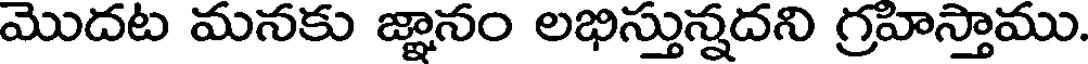
మొదట మనకు జ్ఞానం లభిస్తున్నదని గ్రహిస్తాము.